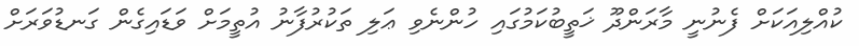
ކުއްލިއަކަށް ފެނުނީ މާރަންދޫ ޚަތީބުކަމުގައި ހުންނެވި ޢަލި ތަކުރުފާނު އުތީމަށް ވަޑައިގެން ގަނޑުވަރަށް